Report of the Municipal Commissioner on the plague in Bombay for the year ending 31st May... - Volume 3
Disease focus: Plague
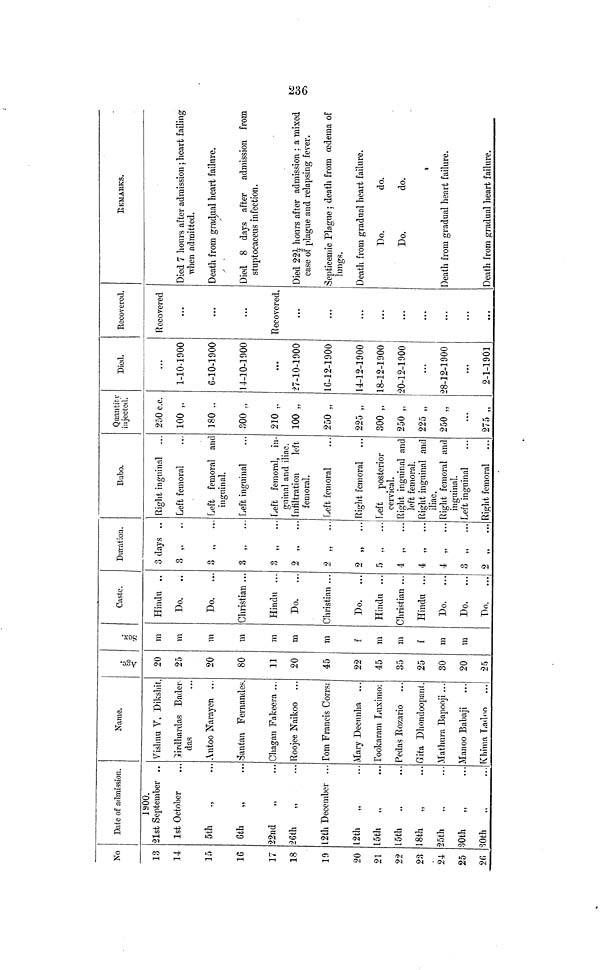
286
No
13
14
15
16
17
18
10
20
21
22
23
24
25
26
Dale of admission.
1900.
21st September ..
1st October
5th
6th
„
22nd
26th
„
12th December ...
12th
„
15th „
15th
„
18th
„
25th
30th
„
30th
Name.
Vishnu V. Dikshit
Girdhardas Bader-
das
Antoo Narayen ..
Santan Fernandes
Chagan Fakeera ...
Roojee Naikoo
Tom Francis Corrsa
Mary Decunha ...
Tookaram Luximo:
Pedas Rozario
Gita Dhondoopani.
Mathura Bapooji...
\Ianoo Babaji
Khima Ladoo
Age.
20
25
20
80
11
20
45
22
45
35
25
30
20
25
m
m
m
m
m
m
m
f
m
m
f
m
m
Caste.
Hindu ..
Do,
..
Do.
...
Christian ...
Hindu ...
Do.
...
Christian ...
Do.
...
Hindu ...
Christian ...
Hindu ...
Do.
...
Do.
...
Do.
...
Duration.
3 days ..
3 „
..
8 „
..
8 „
..
3
2 ,.
...
2 „ ...
2 „ ...
5 „
...
4 „
...
4 „
...
4 „
...
8 „
...
2 „
...
Bubo.
Right inguinal
Left femoral
Left femoral and
inguinal.
Left inguinal
Left femoral, in-
guinal and iliac.
Infiltration
left
femoral.
Left femoral
Right femoral
Left posterior
cervical.
Right inguinal and
left femoral.
light inguinal and
iliac.
Right femoral and
inguinal.
Left inguinal
Right femoral
Quantity
injected.
250 c.c.
100 ,.
180 ..
300 „
210 ,.
100 „
250 „
225 „
300 „
250 „
225 „
250 „
...
275 „
Died.
...
1-10-1900
6-10-1900
14-10-1900
27-10-1900
16-12-1900
14-12-1900
18-12-1900
20-12-1900
...
28-12-1900
...
2-1-1901
Recovered.
Recovered
...
Recovered,
...
...
...
...
...
...
...
...
REMARKS.
Died 7 hours after admission; heart failing
when admitted.
Death from gradual heart failure.
Died 8 days after admission from
stuptocaceus infection.
Died 221/2 hours after admission ; a mixed
case of plague and relapsing fever.
Septicenric Plague ; death from oedema of
lungs.
Death from gradual heart failure.
Do.
do.
Do.
do.
Death from gradual heart failure.
Death from gradual heart failure.